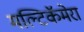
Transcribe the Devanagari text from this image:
मल्टिकॅमेरा